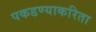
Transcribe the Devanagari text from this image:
पकडण्याकरिता